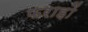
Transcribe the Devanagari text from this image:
फराहों